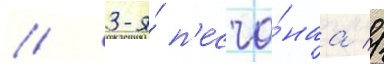
// 3-я́ п'есча́наа //